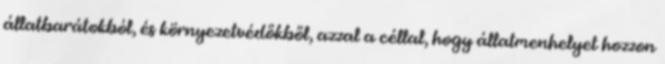
állatbarátokból, és környezetvédőkből, azzal a céllal, hogy állatmenhelyet hozzon